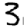
Digit: 3